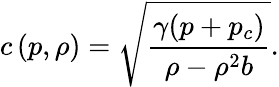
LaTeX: c\left(p,\rho\right)=\sqrt{\frac{\gamma(p+p_{c})}{\rho-\rho^{2}b}}.